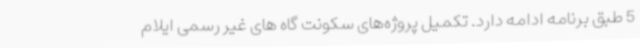
5 طبق برنامه ادامه دارد. تکمیل پروژه‌های سکونت گاه های غیر رسمی ایلام